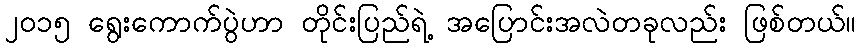
၂၀၁၅ ရွေးကောက်ပွဲဟာ တိုင်းပြည်ရဲ့ အပြောင်းအလဲတခုလည်း ဖြစ်တယ်။